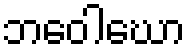
ဘဝေါဃော